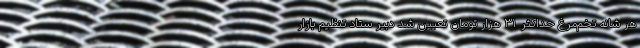
هر شانه تخم‌مرغ حداکثر ۳۱ هزار تومان تعیین شد دبیر ستاد تنظیم بازار